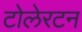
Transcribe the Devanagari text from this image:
टोलेरटन